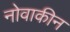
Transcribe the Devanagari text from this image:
नोवाकीन